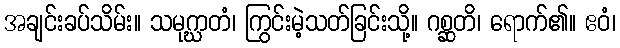
အချင်းခပ်သိမ်း။ သမုဂ္ဃာတံ၊ ကြွင်းမဲ့သတ်ခြင်းသို့။ ဂစ္ဆတိ၊ ရောက်၏။ ဧဝံ၊